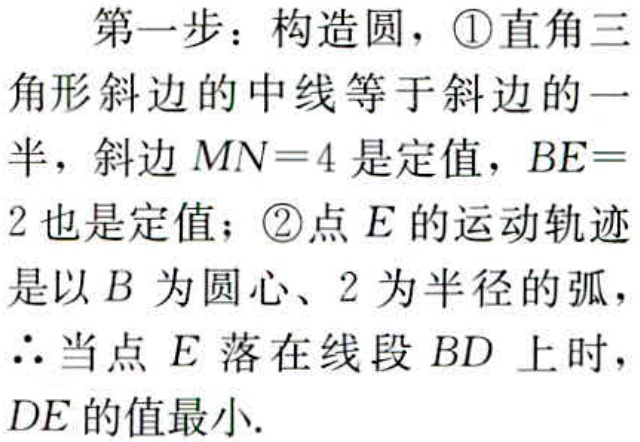
第一步：构造圆，\textcircled{1}直角三

角形斜边的中线等于斜边的一

半，斜边 \(MN = 4\) 是定值，\(BE=\)

\(2\) 也是定值；\textcircled{2}点 \(E\) 的运动轨迹

是以 \(B\) 为圆心、\(2\) 为半径的弧，

\(\therefore\) 当点 \(E\) 落在线段 \(BD\) 上时，

\(DE\) 的值最小.